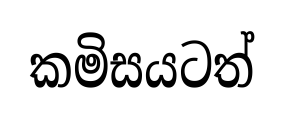
කමිසයටත්